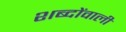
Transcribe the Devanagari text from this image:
शब्दोंवाली